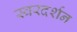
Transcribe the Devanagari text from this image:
स्वरदर्शन